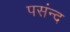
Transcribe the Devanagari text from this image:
पसंन्द